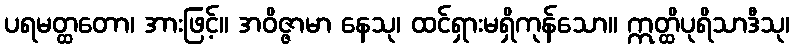
ပရမတ္ထတော၊ အားဖြင့်။ အဝိဇ္ဇာမာ နေသု၊ ထင်ရှားမရှိကုန်သော။ ဣတ္ထိပုရိသာဒီသု၊